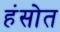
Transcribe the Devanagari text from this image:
हंसोत